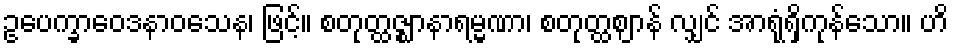
ဥပေက္ခာဝေဒနာဝသေန၊ ဖြင့်။ စတုတ္ထဇ္ဈာနာရမ္မဏာ၊ စတုတ္ထဈာန် လျှင် အာရုံရှိကုန်သော။ ဟိ